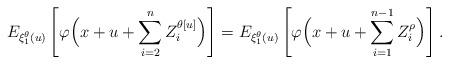
LaTeX: \begin{align*}E_{\xi_1^\theta(u)}\left[\varphi\Bigl(x+u+\sum_{i=2}^{n} Z_i^{\theta[u]}\Bigr)\right]=E_{\xi_1^\theta(u)}\left[\varphi\Bigl(x+u+\sum_{i=1}^{n-1} Z_i^{\rho}\Bigr)\right].\end{align*}